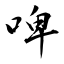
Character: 啤